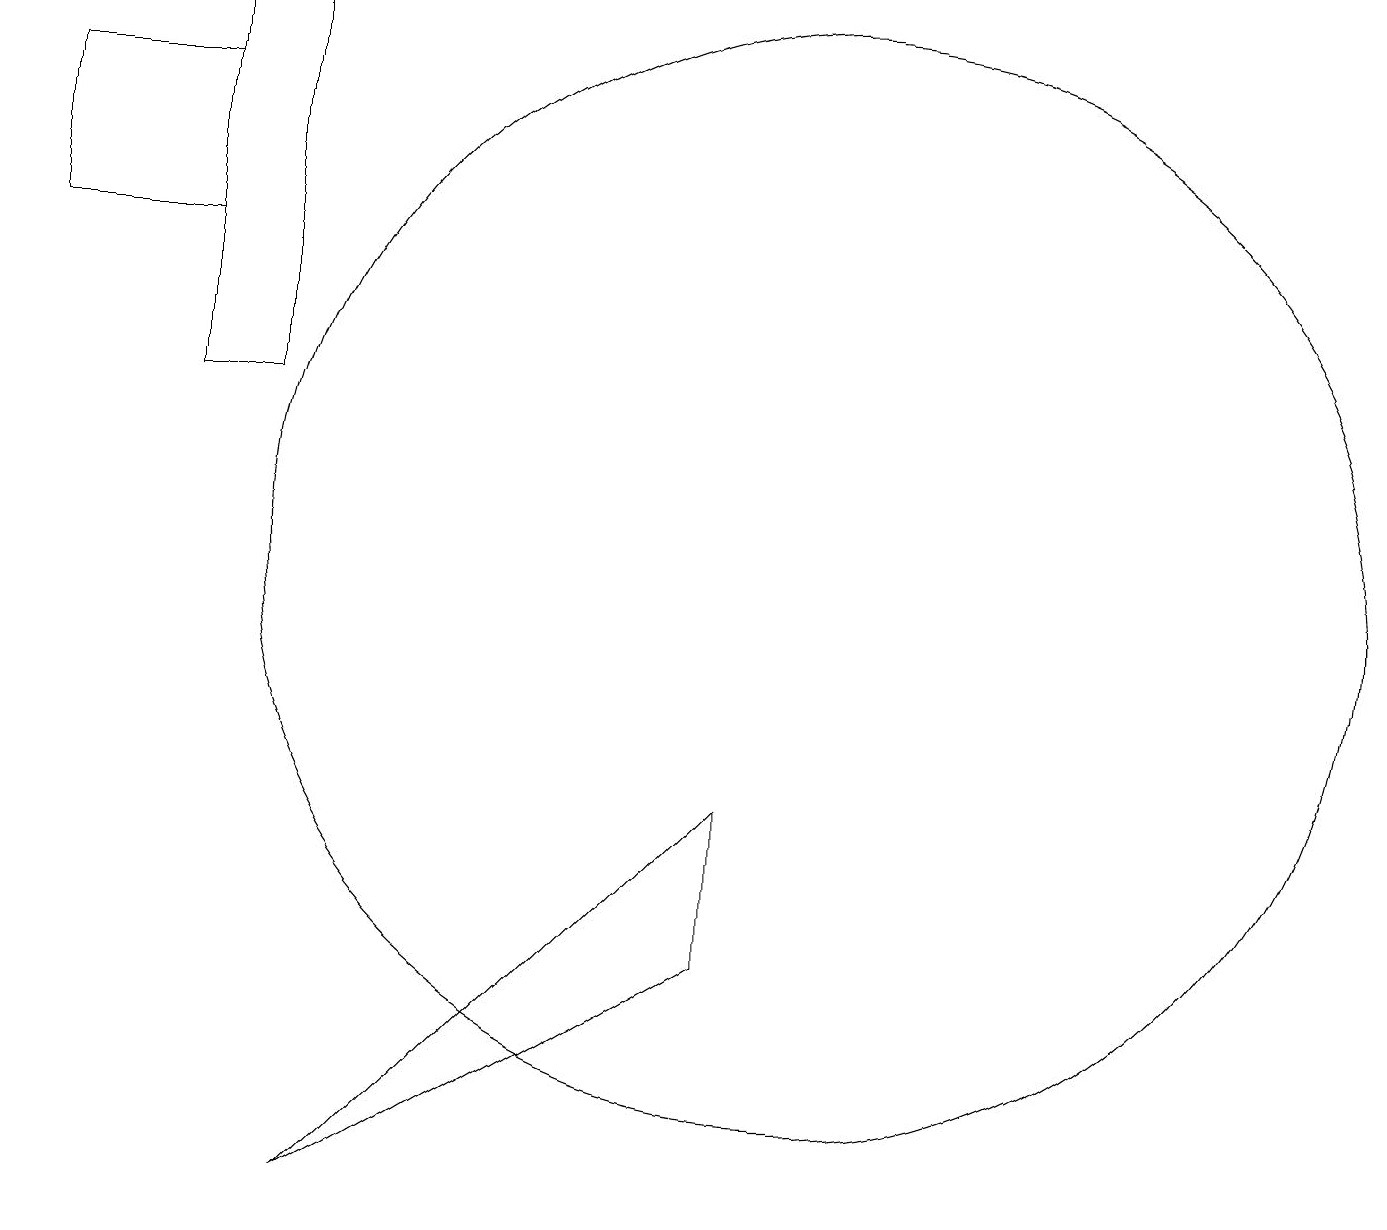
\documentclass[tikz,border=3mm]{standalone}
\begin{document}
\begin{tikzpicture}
\draw (9,9) -- (9,7) -- (4,4) -- cycle;
\draw (2,14) rectangle (3,19);
\draw (0,16) rectangle (2,18);
\draw (10,12) circle (7);
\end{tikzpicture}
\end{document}